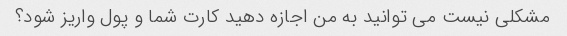
مشکلی نیست می توانید به من اجازه دهید کارت شما و پول واریز شود؟